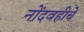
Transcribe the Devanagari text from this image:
नोंदवहीचे